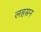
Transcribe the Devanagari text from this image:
लहसन